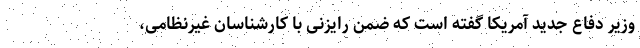
وزیر دفاع جدید آمریکا گفته است که ضمن رایزنی با کارشناسان غیرنظامی،